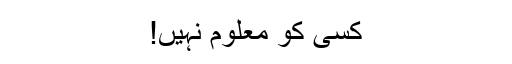
کسی کو معلوم نہیں!